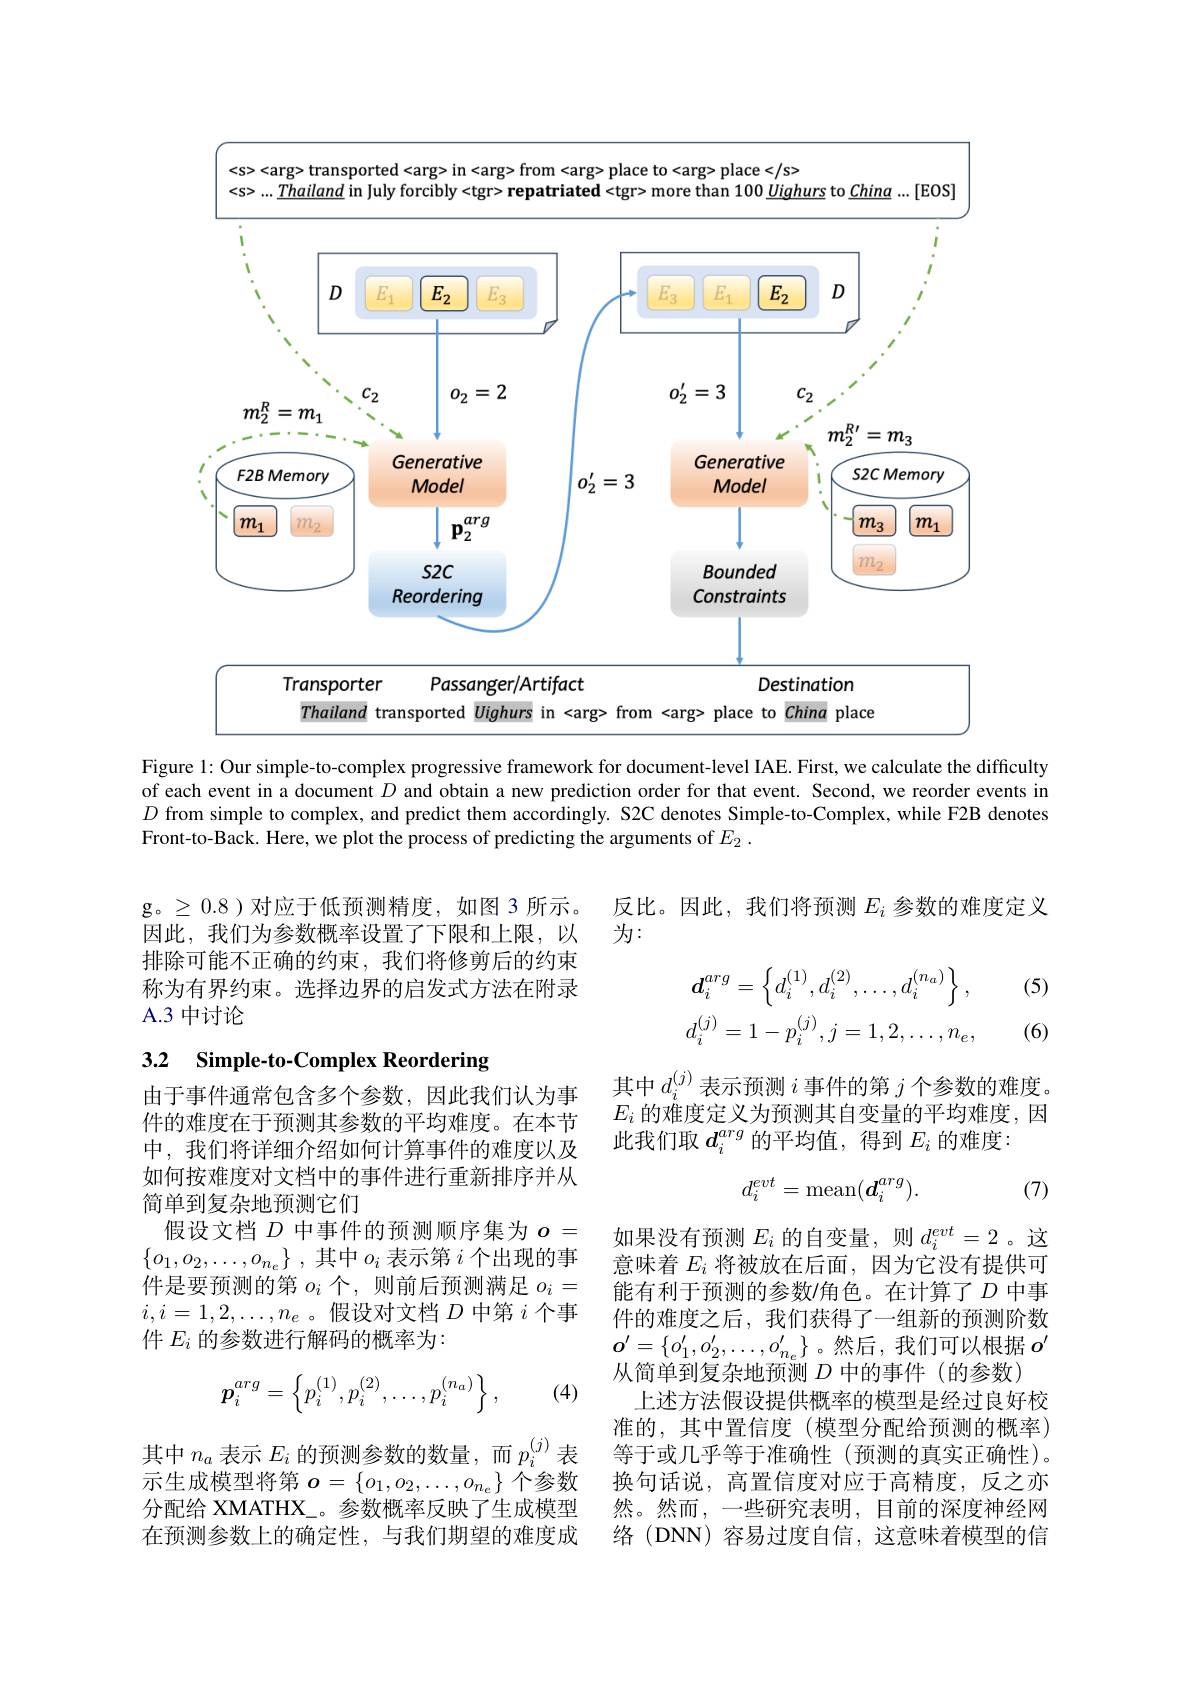

<arg> transported<arg> in<arg> from<arg> place to<arg> place

$
...Thailand~in~july~forcibly~<tgr>~repatriated~<tgr>~more~than~100~Uighurs~to~China~...[EOS]$

<FigureHere>

Figure 1: Our simple-to-complex progressive framework for document-level IAE. First, we calculate the difficulty of each event in a document $D$ and obtain a new prediction order for that event. Second, we reorder events in $D$ from simple to complex, and predict them accordingly. S2C denotes Simple-to-Complex, while F2B denotes Front-to-Back. Here, we plot the process of predicting the arguments of $E_2.$

反比。因此，我们将预测$E_i$参数的难度定义
为：

g。$\geq0.8)对应于低预测精度，如图 3 所示$。因此，我们为参数概率设置了下限和上限，以排除可能不正确的约束，我们将修剪后的约束称为有界约束。选择边界的启发式方法在附录A.3 中讨论

(5)
$$d_{i}^{arg}=\left\{d_{i}^{(1)},d_{i}^{(2)},\ldots,d_{i}^{(n_{a})}\right\},\\d_{i}^{(j)}=1-p_{i}^{(j)},j=1,2,\ldots,n_{e},$$
(6)

## 3.2 Simple-to-Complex Reordering

其中$d_i^{(j)}$表示预测$i$ 事 件 的 第 $j$个参数的难度。$E_i$的难度定义为预测其自变量的平均难度，因此我们取$d_i^{arg}$的平均值，得到$E_i$的难度：
$$d_i^{evt}=\max(\boldsymbol{d}_i^{arg}).$$
(7)

由于事件通常包含多个参数，因此我们认为事件的难度在于预测其参数的平均难度。在本节中，我们将详细介绍如何计算事件的难度以及如何按难度对文档中的事件进行重新排序并从简单到复杂地预测它们
假设文档$D$中事件的预测顺序集为$o=$ $\{ o_1, o_2, \ldots , o_{n_e}\}$ ,其中$o_i$ 表示第 $i$ 个出现的事件是要预测的第$o_i$个，则前后预测满足$o_i=$ $i,i=1,2,\ldots,n_e$ 。假设对文档$D$中第$i$个事件$E_i$的参数进行解码的概率为：

如果没有预测$E_i$的自变量，则$d_i^evt=2$。这意味着$E_i$将被放在后面，因为它没有提供可能有利于预测的参数$\prime$角色。在计算了$D$ 中事件的难度之后，我们获得了一组新的预测阶数$\boldsymbol{o}^{\prime}=\{o_1^{\prime},o_2^{\prime},\ldots,o_{n_e}^{\prime}\}$ 。然后，我们可以根据$o^\prime$ 从简单到复杂地预测$D$中的事件(的参数)
上述方法假设提供概率的模型是经过良好校准的，其中置信度(模型分配给预测的概率) 等于或几乎等于准确性(预测的真实正确性)。换句话说，高置信度对应于高精度，反之亦然。然而，一些研究表明，目前的深度神经网络 (DNN) 容易过度自信，这意味着模型的信
$$\boldsymbol{p}_i^{arg}=\left\{p_i^{(1)},p_i^{(2)},\ldots,p_i^{(n_a)}\right\},$$
(4)

其中$n_a$表示$E_i$的预测参数的数量，而$p_i^{(j)}$表示生成模型将第$o=\begin{Bmatrix}o_1,o_2,\ldots,o_{n_e}\end{Bmatrix}$个参数分配给 XMATHX\_。参数概率反映了生成模型在预测参数上的确定性，与我们期望的难度成